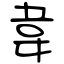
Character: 韋